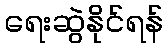
ရေးဆွဲနိုင်ရန်